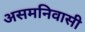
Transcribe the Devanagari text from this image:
असमनिवासी